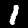
Digit: 1